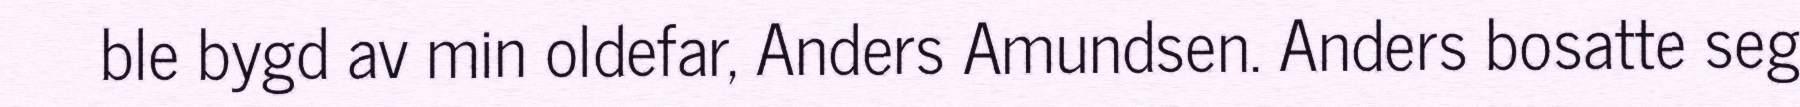
ble bygd av min oldefar, Anders Amundsen. Anders bosatte seg